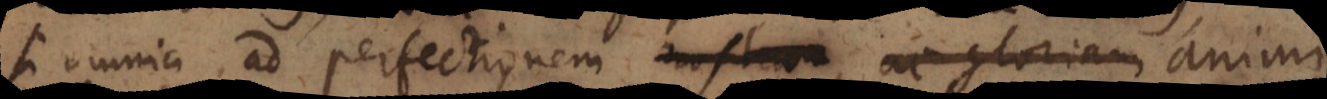
si omnia ad perfectionem nostram,